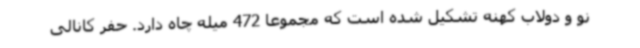
نو و دولاب کهنه تشکیل شده است که مجموعا 472 میله چاه دارد. حفر کانالی